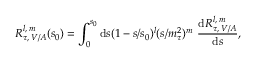
R _ { \tau , \, V / A } ^ { l , \, m } ( s _ { 0 } ) = \int _ { 0 } ^ { s _ { 0 } } \mathrm { d } s ( 1 - s / s _ { 0 } ) ^ { l } ( s / m _ { \tau } ^ { 2 } ) ^ { m } \, \, \frac { \mathrm { d } R _ { \tau , \, V / A } ^ { l , \, m } } { \mathrm { d } s } ,